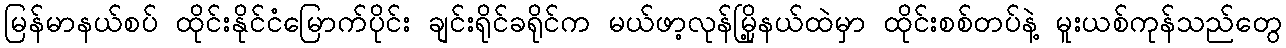
မြန်မာနယ်စပ် ထိုင်းနိုင်ငံမြောက်ပိုင်း ချင်းရိုင်ခရိုင်က မယ်ဖာ့လုန်မြို့နယ်ထဲမှာ ထိုင်းစစ်တပ်နဲ့ မူးယစ်ကုန်သည်တွေ